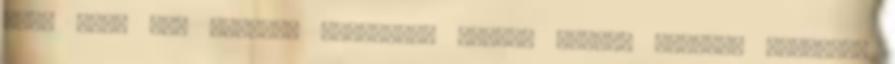
több más, név szerint felsorolt Fejér, Tolna, Somogy, Pozsega,